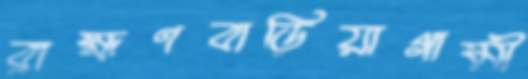
ব্রাহ্মণবাড়িয়াগামী